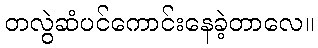
တလွဲဆံပင်ကောင်းနေခဲ့တာလေ။